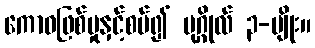
ကောဓဖြစ်မှုနှင့်စပ်၍ ပုဂ္ဂိုလ် ၃-မျိုး။